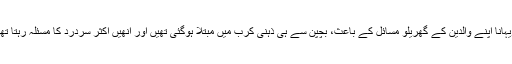
ریہانا اپنے والدین کے گھریلو مسائل کے باعث، بچپن سے ہی ذہنی کرب میں مبتلا ہوگئی تھیں اور انھیں اکثر سردرد کا مسئلہ رہتا تھا۔